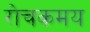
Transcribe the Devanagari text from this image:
रोचकमय